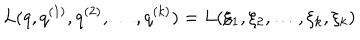
L ( q , q ^ { ( 1 ) } , q ^ { ( 2 ) } , \dots , q ^ { ( k ) } ) = L ( \xi _ { 1 } , \xi _ { 2 } , \dots , \xi _ { k } , \dot { \xi _ { k } } )